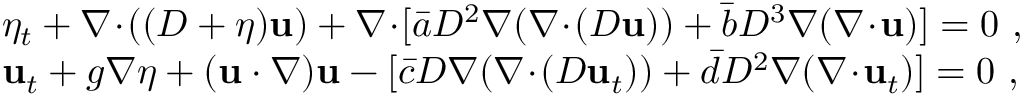
\begin{array} { r l } & { \eta _ { t } + \nabla \! \cdot \! ( ( D + \eta ) \mathbf { u } ) + \nabla \! \cdot \! [ \bar { a } D ^ { 2 } \nabla ( \nabla \! \cdot \! ( D \mathbf { u } ) ) + \bar { b } D ^ { 3 } \nabla ( \nabla \! \cdot \! \mathbf { u } ) ] = 0 \ , } \\ & { \mathbf { u } _ { t } + g \nabla \eta + ( \mathbf { u } \cdot \nabla ) \mathbf { u } - [ \bar { c } D \nabla ( \nabla \! \cdot \! ( D \mathbf { u } _ { t } ) ) + \bar { d } D ^ { 2 } \nabla ( \nabla \! \cdot \! \mathbf { u } _ { t } ) ] = 0 \ , } \end{array}